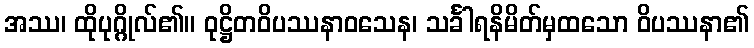
အဿ၊ ထိုပုဂ္ဂိုလ်၏။ ဝုဋ္ဌိတဝိပဿနာဝသေန၊ သင်္ခါရနိမိတ်မှထသော ဝိပဿနာ၏